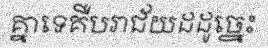
គ្នាទេគឺបរាជ័យដដូច្នេះ